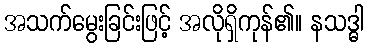
အသက်မွေးခြင်းဖြင့် အလိုရှိကုန်၏။ နသဒ္ဓါ